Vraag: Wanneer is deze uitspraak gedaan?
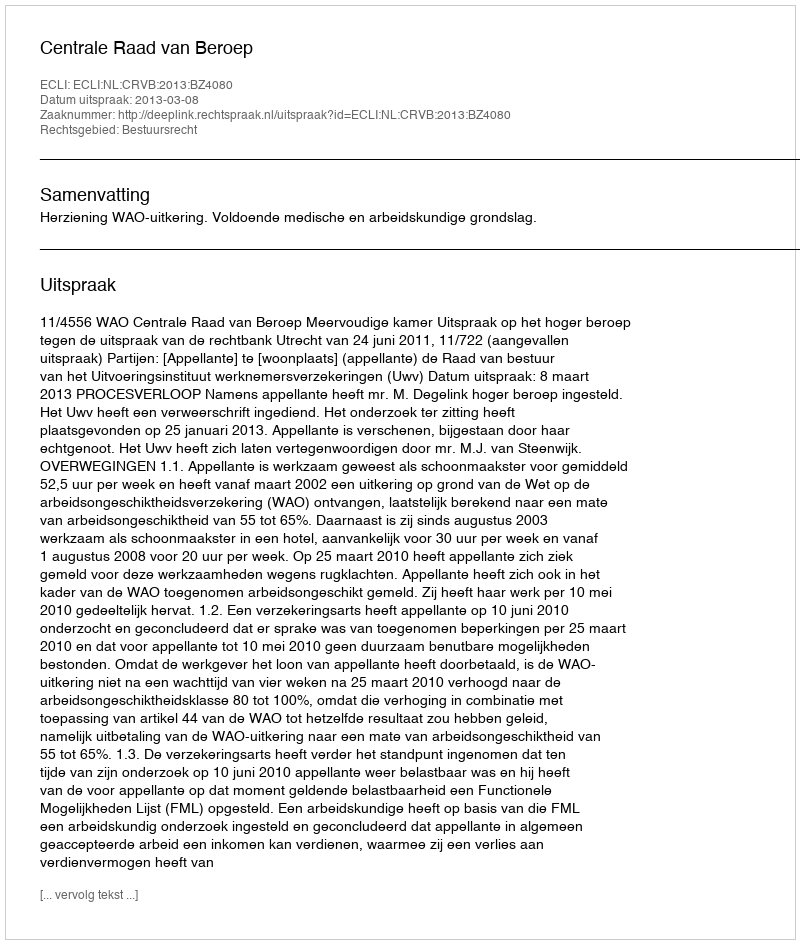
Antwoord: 2013-03-08